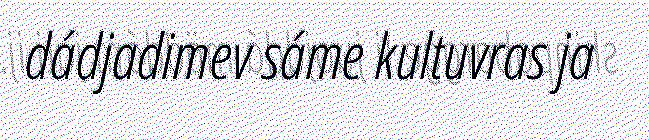
dádjadimev sáme kultuvras ja